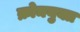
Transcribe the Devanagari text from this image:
क्रोमयुक्त